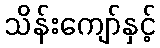
သိန်းကျော်နှင့်